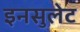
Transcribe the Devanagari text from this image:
इनसुलेट